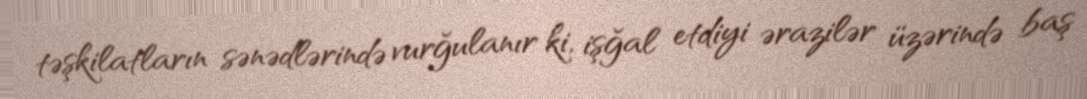
təşkilatların sənədlərində vurğulanır ki, işğal etdiyi ərazilər üzərində baş